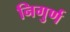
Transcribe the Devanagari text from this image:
निगुर्ण